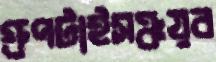
গ্রুপটাইসঞ্চয়ব